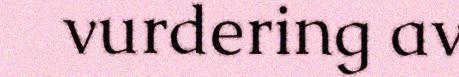
vurdering av